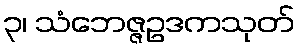
၃၊ သံဘေဇ္ဇဥဒကသုတ်